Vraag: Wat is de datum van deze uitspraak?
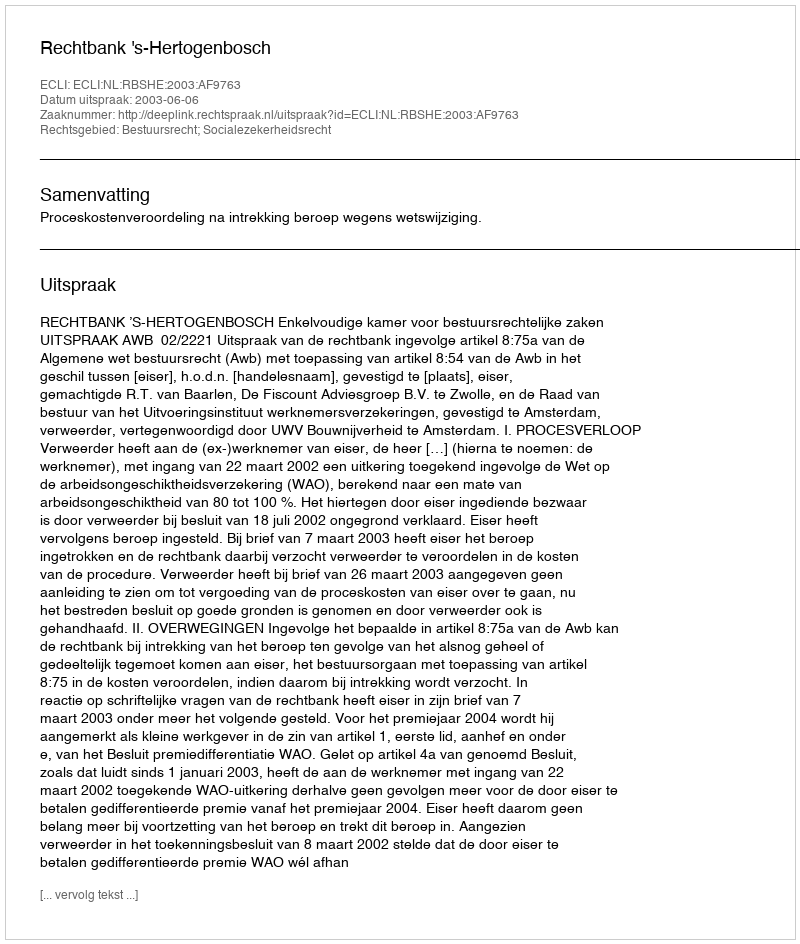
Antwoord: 2003-06-06